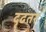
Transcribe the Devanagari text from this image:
दृढतर